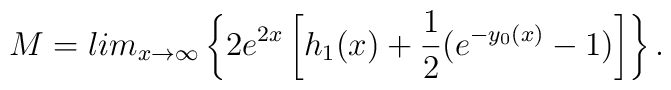
M = lim_{x \rightarrow \infty}\left\{2e^{2x}\left[h_1(x) + \frac{1}{2}(e^{-y_0(x)} - 1)\right] \right\}.